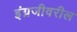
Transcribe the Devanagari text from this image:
इंग्रजीवरील